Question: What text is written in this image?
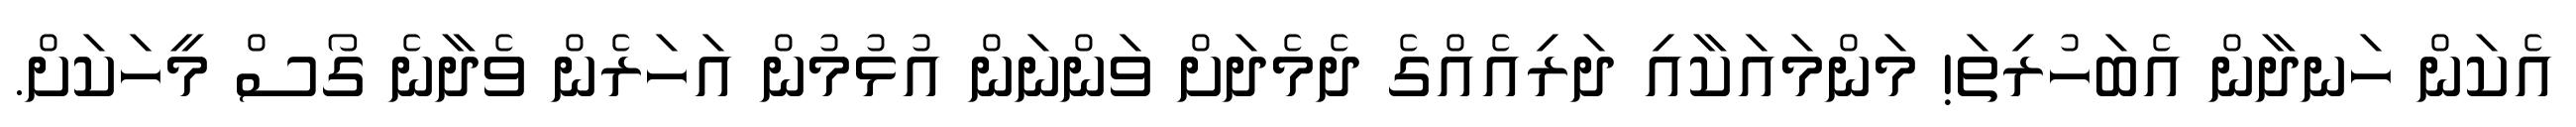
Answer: އެކަން ހަނދާން އެބަހުރިތަ! މަންމައަކާއި ދަރިއެއްގެ ދެމެދަށް ވަންނަން އުޅުމުން އަހަރެން ވެދާނެ ގޯސް މީހަކަށް.